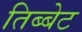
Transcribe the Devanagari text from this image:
तिब्बेट